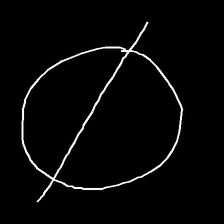
Glyph: orb